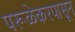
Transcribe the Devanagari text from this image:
परूळेकरपासून